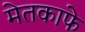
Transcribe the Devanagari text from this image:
मेतकाफे